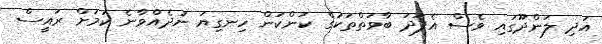
އަދި ލަންދޫގައި ވެސް އެފަދަ ބާވަތްތަކުގެ ކަންކަން ހިނގިޔަ ނުދެއްވާނެ ކަމަށް ރައީސް